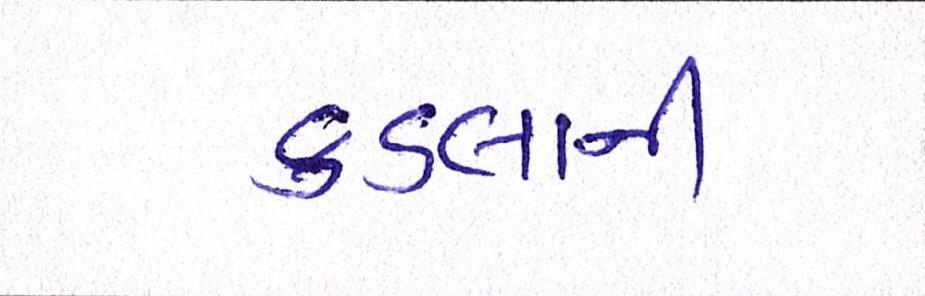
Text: કડલાની